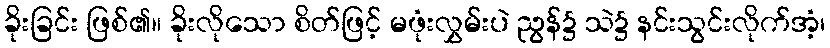
ခိုးခြင်း ဖြစ်၏။ ခိုးလိုသော စိတ်ဖြင့် မဖုံးလွှမ်းပဲ ညွန်၌ သဲ၌ နင်းသွင်းလိုက်အံ့၊